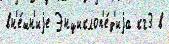
вн'е́шн'иjе Энциклоп'е́д'иjа кг3 в